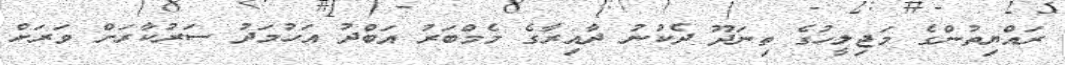
ރައްޔިތުންގެ މަޖިލީހުގެ ތިނަދޫ ދެކުނު ދާއިރާގެ މެމްބަރު އަބްދު އަހުމަދު ސަރުކާރަށް ވަރަށް